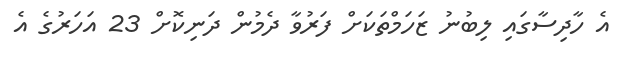
އެ ހާދިސާގައި ލިބުނު ޒަހަމްތަކަށް ފަރުވާ ދެމުން ދަނިކޮށް 23 އަހަރުގެ އެ